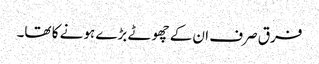
فرق صرف ان کے چھوٹے بڑے ہونے کا تھا۔